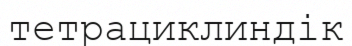
тетрациклиндік